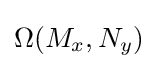
\Omega (M_{x},N_{y})